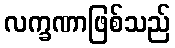
လက္ခဏာဖြစ်သည်